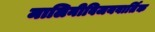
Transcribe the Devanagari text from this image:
मालिनीविजयवार्तिक